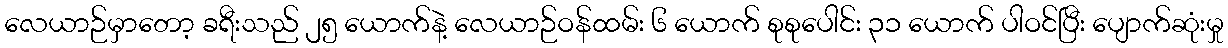
လေယာဉ်မှာတော့ ခရီးသည် ၂၅ ယောက်နဲ့ လေယာဉ်ဝန်ထမ်း ၆ ယောက် စုစုပေါင်း ၃၁ ယောက် ပါဝင်ပြီး ပျောက်ဆုံးမှု